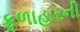
ફળાહારની